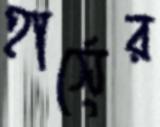
হার্সের